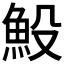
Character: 𩵤